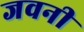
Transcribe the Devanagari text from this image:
जवनी